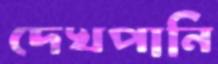
দেখপানি